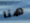
هنا